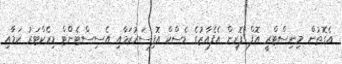
އެގޮތުން މިނިސްޓްރީ އޮފް ފޮރިން އެފެއާޒުގެ ޑެސްކް އޮފިސަރުކަމާއި އެސިސްޓެންޓް ޑިރެކްޓަރު ކަމާއި